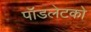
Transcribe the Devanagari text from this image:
पॉडलेटको